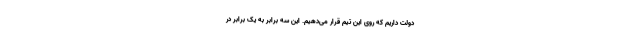
دولت داریم که روی این تیم قرار می‌دهیم. این سه برابر به یک برابر در